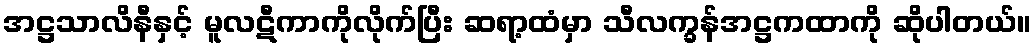
အဋ္ဌသာလိနီနှင့် မူလဋီကာကိုလိုက်ပြီး ဆရာ့ထံမှာ သီလက္ခန်အဋ္ဌကထာကို ဆိုပါတယ်။